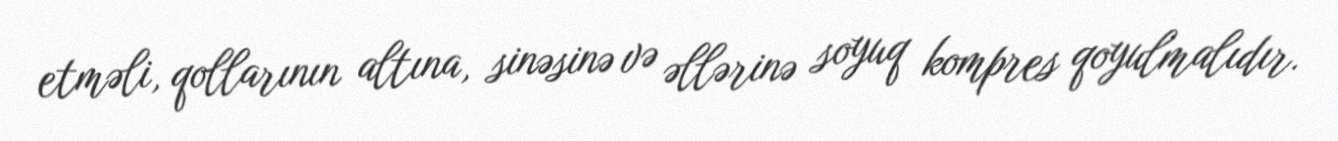
etməli, qollarının altına, sinəsinə və əllərinə soyuq kompres qoyulmalıdır.